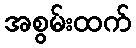
အစွမ်းထက်